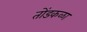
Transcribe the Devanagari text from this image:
तोंडकळा